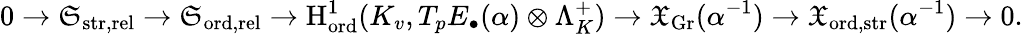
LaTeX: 0\rightarrow\mathfrak{S}_{\mathrm{str,\mathrm{rel}}}\rightarrow\mathfrak{S}_{\mathrm{ord,\mathrm{rel}}}\rightarrow\mathrm{H}_{\mathrm{ord}}^{1}(K_{v},T_{p}E_{\bullet}(\alpha)\otimes\Lambda_{K}^{+})\rightarrow\mathfrak{X}_{\mathrm{Gr}}(\alpha^{-1})\rightarrow\mathfrak{X}_{\mathrm{ord,\mathrm{str}}}(\alpha^{-1})\rightarrow 0.